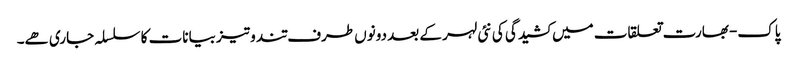
پاک-بھارت تعلقات میں کشیدگی کی نئی لہر کے بعد دونوں طرف تند و تیز بیانات کا سلسلہ جاری ھے۔